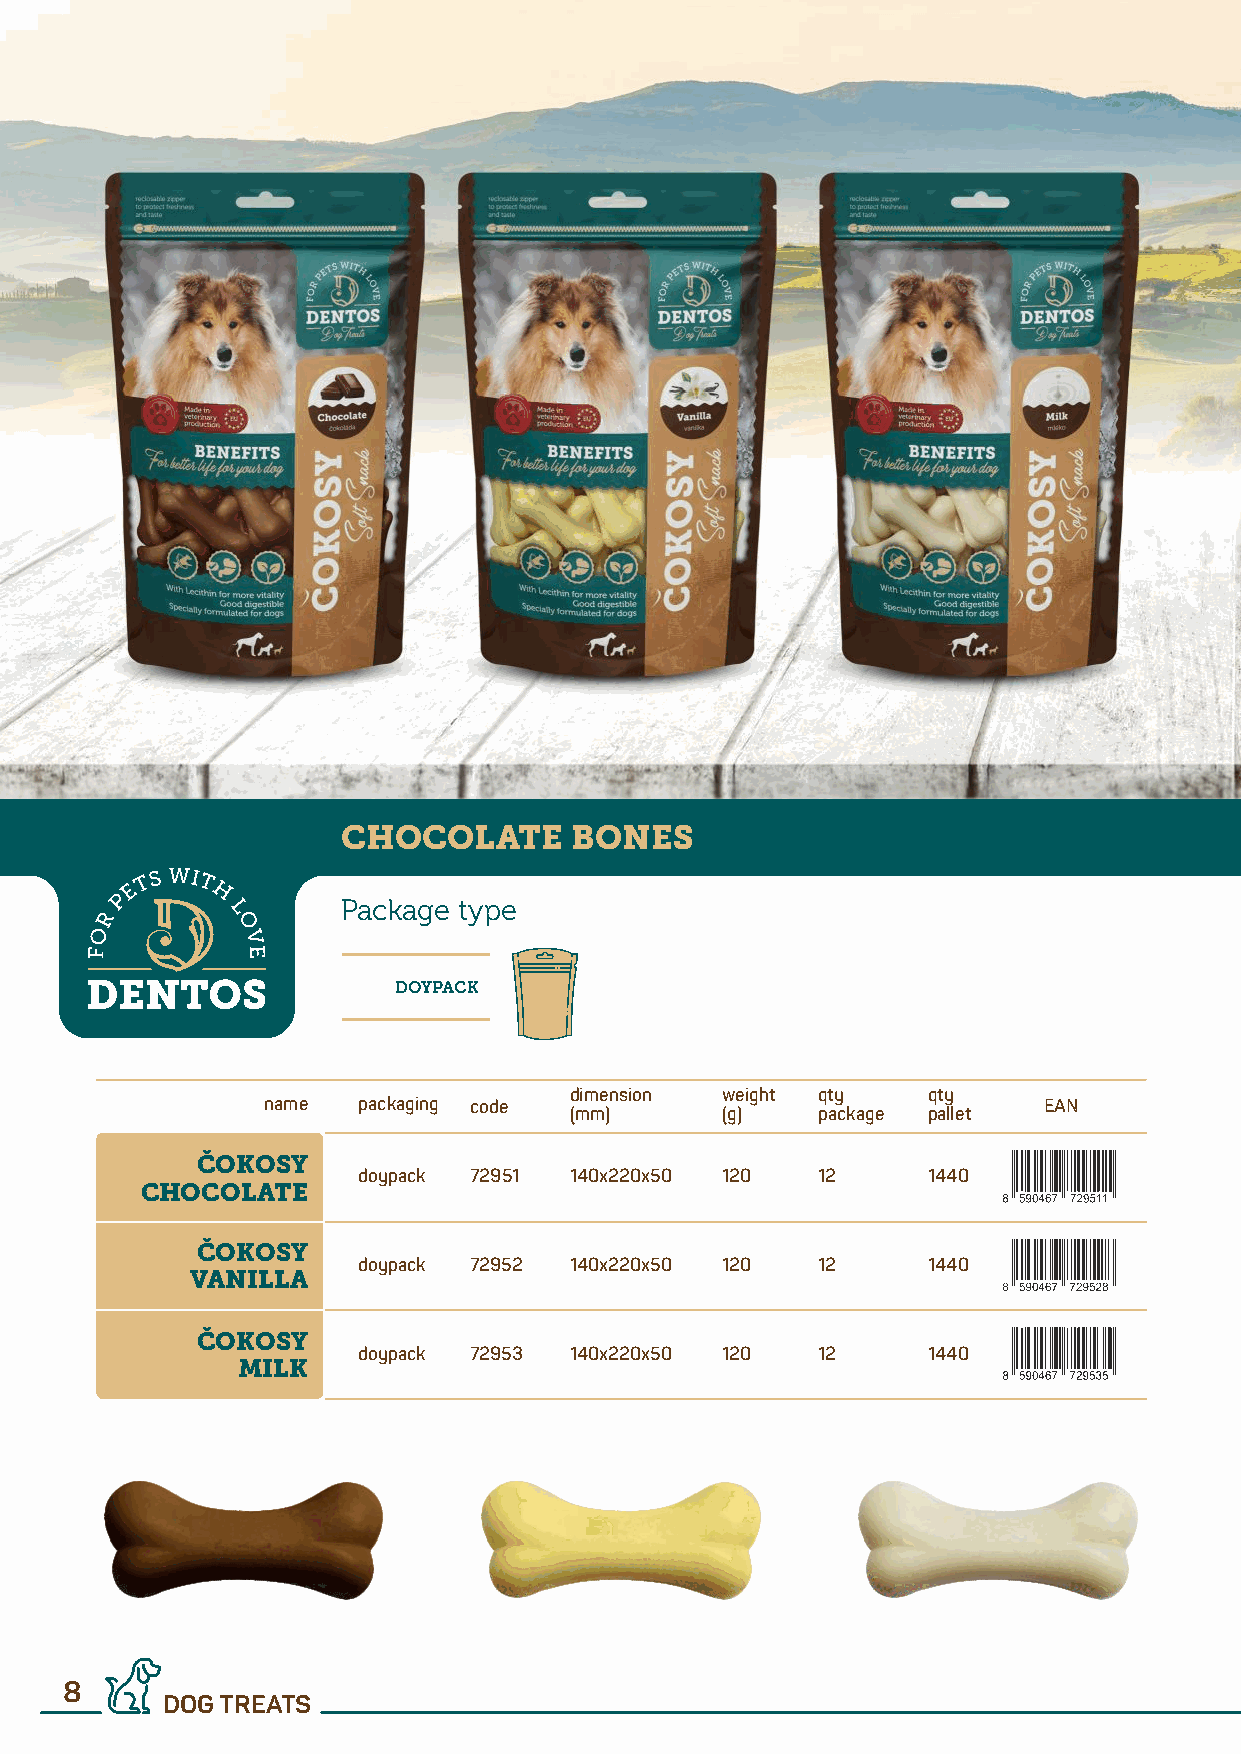
CHOCOLATE      BONES
 Package type
 DOYPACK
 dimension weight qty   qty
 name   packaging code                               EAN
 (mm)      (g)   package pallet
 ČOKOSY
 doypack 72951 140x220x50 120  12     1440
 CHOCOLATE
 ČOKOSY
 doypack 72952 140x220x50 120  12     1440
 VANILLA
 ČOKOSY
 doypack 72953 140x220x50 120  12     1440
 MILK
 8
 DOG TREATS